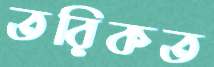
তরিকত